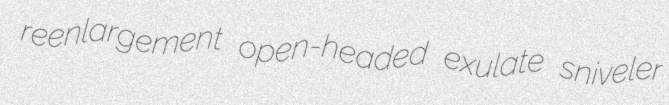
reenlargement open-headed exulate sniveler